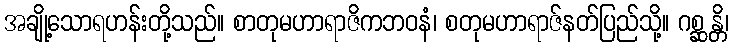
အချို့သောရဟန်းတို့သည်။ စာတုမဟာရာဇိကဘဝနံ၊ စတုမဟာရာဇ်နတ်ပြည်သို့။ ဂစ္ဆန္တိ၊